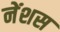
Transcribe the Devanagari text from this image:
नेंशस